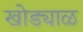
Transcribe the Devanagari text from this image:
खोड्याळ